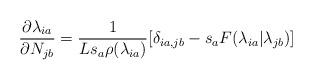
LaTeX: \begin{align*} \frac{\partial \lambda_{ia}}{\partial N_{jb}} = \frac{1}{L s_a \rho(\lambda_{ia})}[\delta_{ia,jb} - s_aF(\lambda_{ia}|\lambda_{jb})]\end{align*}